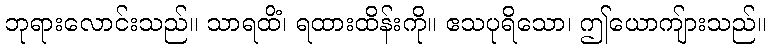
ဘုရားလောင်းသည်။ သာရထိံ၊ ရထားထိန်းကို။ ဧသပုရိသော၊ ဤယောကျ်ားသည်။